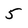
Character: 5